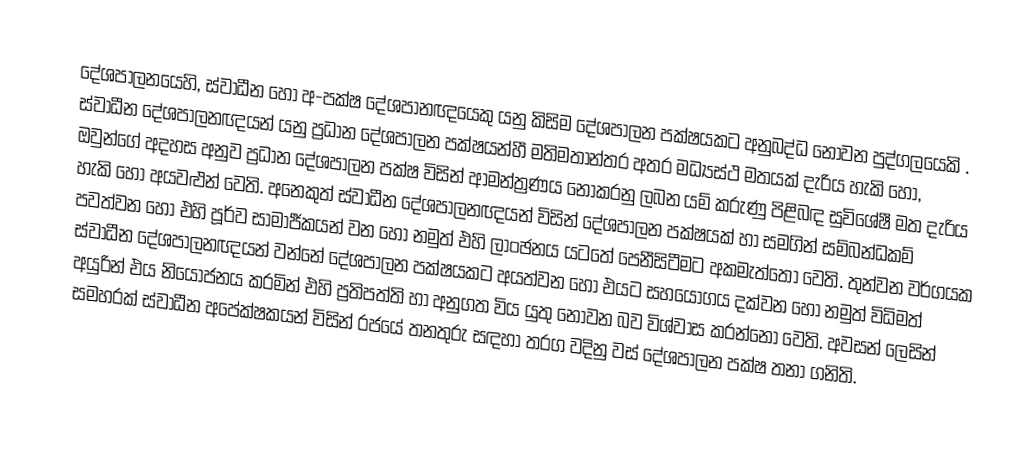
දේශපාලනයෙහි, ස්වාධීන හෝ අ-පක්ෂ දේශපානඥයෙකු යනු කිසිම දේශපාලන පක්ෂයකට අනුබද්ධ නොවන පුද්ගලයෙකි . ස්වාධීන දේශපාලනඥයන් යනු ප්‍රධාන දේශපාලන පක්ෂයන්හී මතිමතාන්තර අතර  මධ්‍යස්ථ මතයක් දැරිය හැකි හෝ, ඔවුන්ගේ අදහස අනුව ප්‍රධාන දේශපාලන පක්ෂ විසින් ආමන්ත්‍රණය නොකරනු ලබන යම් කරුණු පිළිබඳ සුවිශේෂී මත දැරිය හැකි හෝ අයවළුන් වෙති. අනෙකුත් ස්වාධීන දේශපාලනඥයන් විසින් දේශපාලන පක්ෂයක් හා සමගින් සම්බන්ධකම් පවත්වන හෝ එහි පූර්ව සාමාජීකයන් වන හෝ නමුත් එහි ලාංඡනය යටතේ පෙනීසිටීමට අකමැත්තෝ වෙති. තුන්වන වර්ගයක ස්වාධීන දේශපාලනඥයන් වන්නේ දේශපාලන පක්ෂයකට අයත්වන හෝ එයට සහයෝගය දක්වන හෝ නමුත් විධිමත් අයුරින් එය නියෝජනය කරමින් එහි ප්‍රතිපත්ති හා අනුගත විය යුතු නොවන බව විශ්වාස කරන්නෝ වෙති. අවසන් ලෙසින් සමහරක් ස්වාධීන අපේක්ෂකයන් විසින් රජයේ තනතුරු සඳහා තරග වදිනු වස් දේශපාලන පක්ෂ තනා ගනිති.